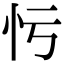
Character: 𢗃